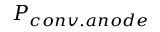
P _ { c o n v . a n o d e }